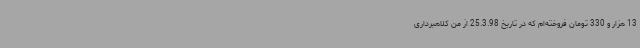
13 هزار و 330 تومان فروخته‌ام که در تاریخ 25.3.98 از من کلاهبرداری